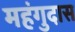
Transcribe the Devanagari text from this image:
महंगुदास